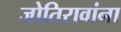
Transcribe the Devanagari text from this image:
जोतिरावांना